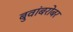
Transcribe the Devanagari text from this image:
बुवांबरोबर